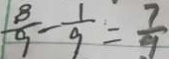
\frac { 8 } { 9 } - \frac { 1 } { 9 } = \frac { 7 } { 9 }